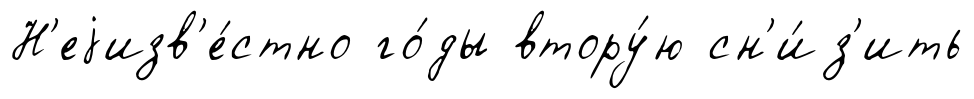
Н'еjизв'е́стно го́ды втору́ю сн'и́з'ить